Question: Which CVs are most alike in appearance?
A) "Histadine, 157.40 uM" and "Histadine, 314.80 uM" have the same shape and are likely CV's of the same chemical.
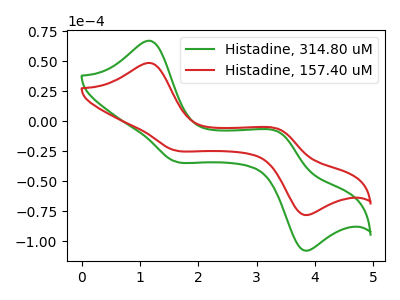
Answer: <think>The green curve "Histadine, 314.80 uM" has anodic peaks at (1.15V, 67.25uA) (3.40V, -9.45uA) and cathodic peaks at (1.60V, -33.30uA) (3.80V, -107.15uA). The red curve "Histadine, 157.40 uM" has anodic peaks at (1.15V, 48.75uA) (3.40V, -6.85uA) and cathodic peaks at (1.60V, -24.15uA) (3.80V, -77.65uA).
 All the peaks in "Histadine, 314.80 uM" have a peak in "Histadine, 157.40 uM" at the same potential.</think>
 <answer>A) "Histadine, 157.40 uM" and "Histadine, 314.80 uM" have the same shape and are likely CV's of the same chemical.</answer>
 <eval>A</eval>